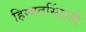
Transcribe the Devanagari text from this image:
हिम्मतसिंहजी